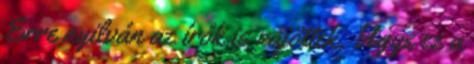
Erre nyilván az írók is rájöttek. Ugye ez a